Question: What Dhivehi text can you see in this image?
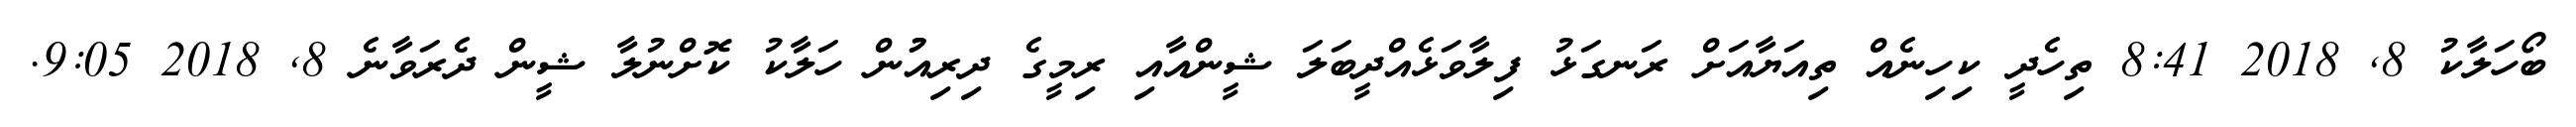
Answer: ބޯހަލާކު 8, 2018 8:41 ތިހެދީ ކިހިނެއް ތިއަޔާއަށް ރަނގަޅު ފިލާވަޅެއްދީބަލަ ޝީންއާއި ރިމީގެ ދިރިއުުން ހަލާކު ކޮށްނުލާ ޝީން ދެރަވާނެ 8, 2018 9:05.